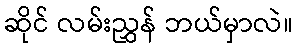
ဆိုင် လမ်းညွှန် ဘယ်မှာလဲ။